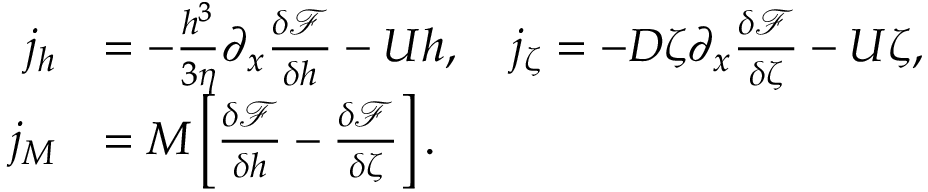
\begin{array} { r l } { j _ { h } } & { = - \frac { h ^ { 3 } } { 3 \eta } \partial _ { x } \frac { \delta \mathcal { F } } { \delta h } - U h , \quad j _ { \zeta } = - D \zeta \partial _ { x } \frac { \delta \mathcal { F } } { \delta \zeta } - U \zeta , } \\ { j _ { M } } & { = M \left[ \frac { \delta \mathcal { F } } { \delta h } - \frac { \delta \mathcal { F } } { \delta \zeta } \right] . } \end{array}